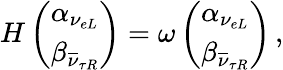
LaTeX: H\left(\begin{array}{c}{{\alpha_{\nu_{eL}}}}\\ {{\beta_{\overline{{\nu}}_{\tau R}}}}\end{array}\right)=\omega\left(\begin{array}{c}{{\alpha_{\nu_{eL}}}}\\ {{\beta_{\overline{{\nu}}_{\tau R}}}}\end{array}\right)\, ,